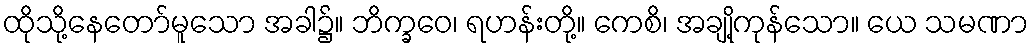
ထိုသို့နေတော်မူသော အခါ၌။ ဘိက္ခဝေ၊ ရဟန်းတို့။ ကေစိ၊ အချို့ကုန်သော။ ယေ သမဏာ